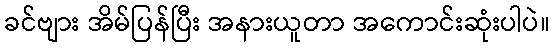
ခင်ဗျား အိမ်ပြန်ပြီး အနားယူတာ အကောင်းဆုံးပါပဲ။